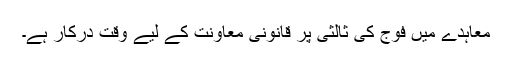
معاہدے میں فوج کی ثالثی پر قانونی معاونت کے لیے وقت درکار ہے۔